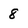
Character: 8